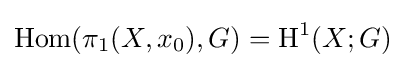
\operatorname {Hom} (\pi _{1}(X,x_{0}),G)=\operatorname {H} ^{1}(X;G)